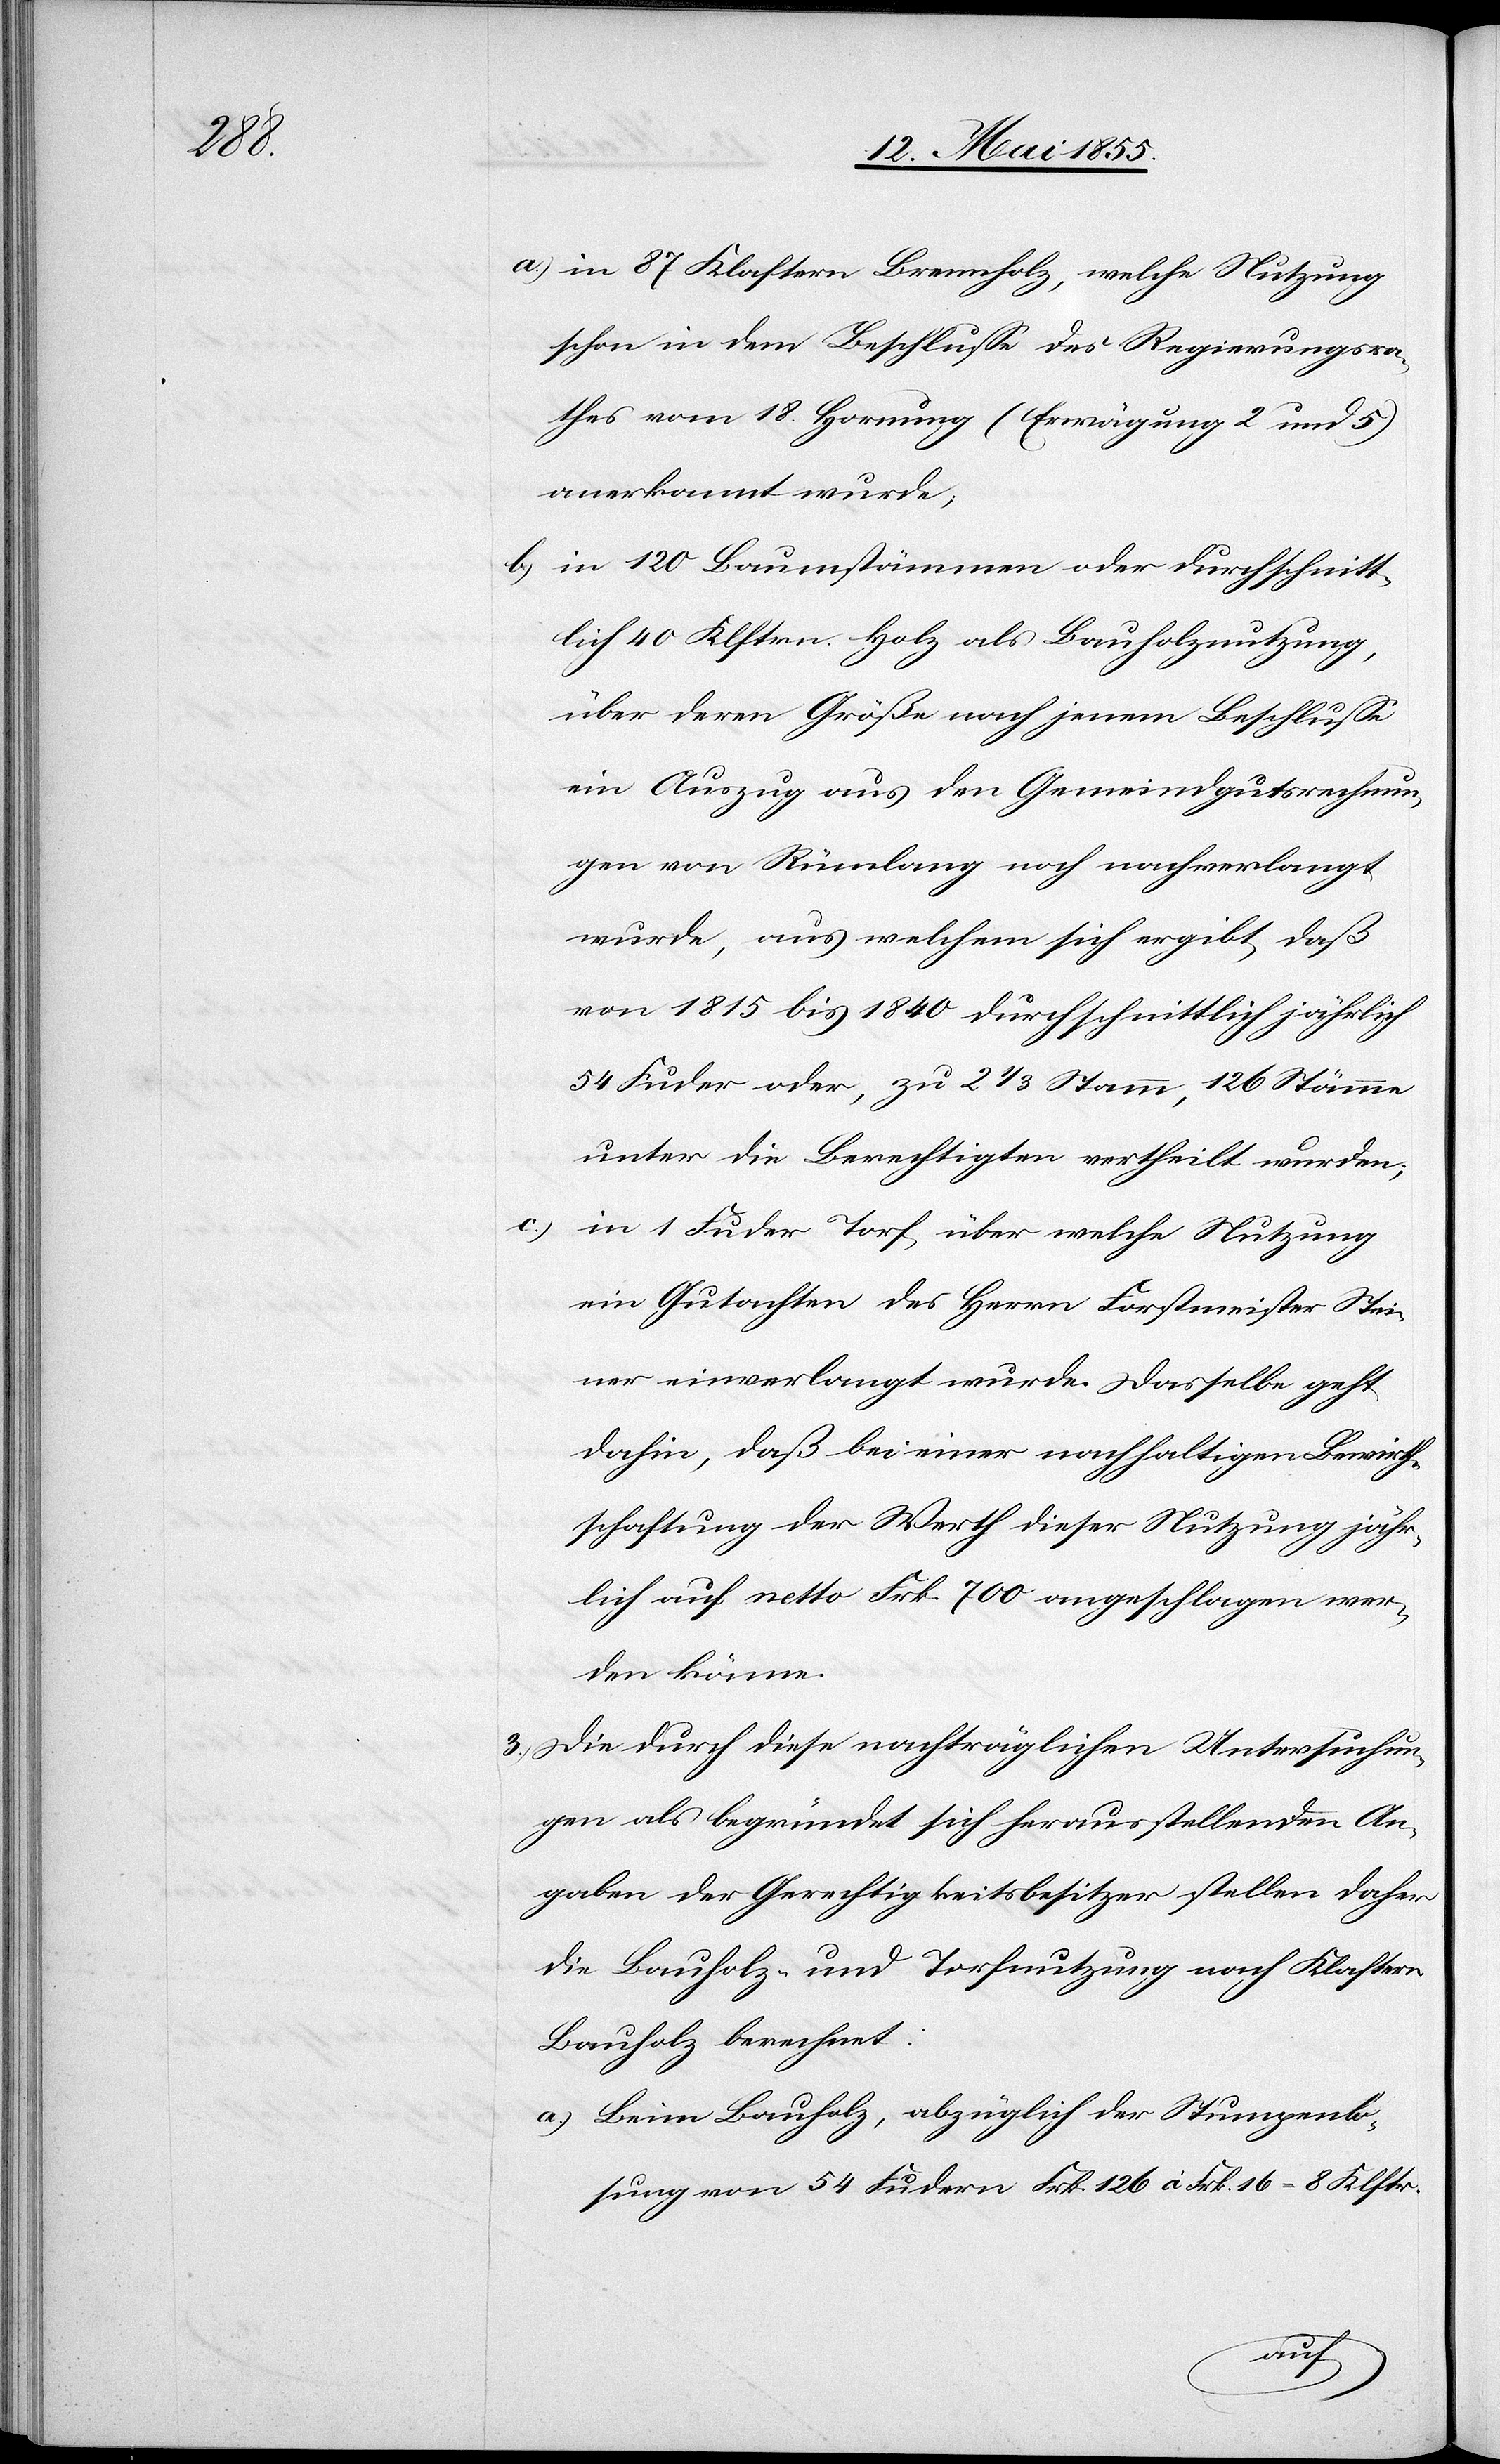
a.)

in 87 Klaftern Brennholz, welche Nutzung
schon in dem Beschlusse des Regierungsra¬
thes vom 18. Hornung (Erwägung 2 und 5)
anerkannt wurde;
in 120 Baumstämmen oder durchschnitt¬
lich 40 Klftrn. Holz als Bauholznutzung,
über deren Größe nach jenem Beschlusse
ein Auszug aus den Gemeindgutsrechnun¬
gen von Rümlang noch nachverlangt
wurde, aus welchem sich ergibt, daß
von 1815 bis 1840 durchschnittlich jährlich
54 Fuder oder, zu 2 1/3 Stamm, 126 Stämme
unter die Berechtigten vertheilt wurden;
in 1 Fuder Torf, über welche Nutzung
ein Gutachten des Herrn Forstmeister Stei¬
ner einverlangt wurde. Dasselbe geht
dahin, daß bei einer nachhaltigen Bewirth¬
schaftung der Werth dieser Nutzung jähr¬
lich auf netto Frk. 700 angeschlagen wer¬
den könne.
Die durch diese nachträglichen Untersuchun¬
gen als begründet sich herausstellenden An¬
gaben der Gerechtigkeitsbesitzer stellen daher
die Bauholz- und Torfnutzung nach Klaftern
Bauholz berechnet:
Beim Bauholz, abzüglich der Stumpenlo¬
sung von 54 Fudern Frk. 126 à Frk. 16 = 8 Klftr.